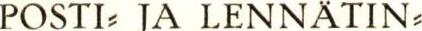
POSTI- JA LENNÄTIN-